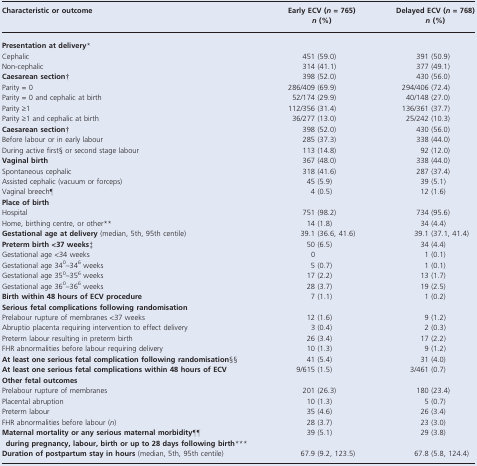
<table><thead><tr><td><b>Characteristic or outcome</b></td><td><b>Early ECV (<i>n</i> = 765)<i>n</i> (%)</b></td><td><b>Delayed ECV (<i>n</i> = 768)<i>n</i> (%)</b></td></tr></thead><tbody><tr><td colspan="3"><b>Presentation at delivery</b>*</td></tr><tr><td>Cephalic</td><td>451 (59.0)</td><td>391 (50.9)</td></tr><tr><td>Non-cephalic</td><td>314 (41.1)</td><td>377 (49.1)</td></tr><tr><td><b>Caesarean section</b>†</td><td>398 (52.0)</td><td>430 (56.0)</td></tr><tr><td>Parity = 0</td><td>286/409 (69.9)</td><td>294/406 (72.4)</td></tr><tr><td>Parity = 0 and cephalic at birth</td><td>52/174 (29.9)</td><td>40/148 (27.0)</td></tr><tr><td>Parity ≥1</td><td>112/356 (31.4)</td><td>136/361 (37.7)</td></tr><tr><td>Parity ≥1 and cephalic at birth</td><td>36/277 (13.0)</td><td>25/242 (10.3)</td></tr><tr><td><b>Caesarean section</b>†</td><td>398 (52.0)</td><td>430 (56.0)</td></tr><tr><td>Before labour or in early labour</td><td>285 (37.3)</td><td>338 (44.0)</td></tr><tr><td>During active first§ or second stage labour</td><td>113 (14.8)</td><td>92 (12.0)</td></tr><tr><td><b>Vaginal birth</b></td><td>367 (48.0)</td><td>338 (44.0)</td></tr><tr><td>Spontaneous cephalic</td><td>318 (41.6)</td><td>287 (37.4)</td></tr><tr><td>Assisted cephalic (vacuum or forceps)</td><td>45 (5.9)</td><td>39 (5.1)</td></tr><tr><td>Vaginal breech¶</td><td>4 (0.5)</td><td>12 (1.6)</td></tr><tr><td colspan="3"><b>Place of birth</b></td></tr><tr><td>Hospital</td><td>751 (98.2)</td><td>734 (95.6)</td></tr><tr><td>Home, birthing centre, or other**</td><td>14 (1.8)</td><td>34 (4.4)</td></tr><tr><td><b>Gestational age at delivery</b> (median, 5th, 95th centile)</td><td>39.1 (36.6, 41.6)</td><td>39.1 (37.1, 41.4)</td></tr><tr><td><b>Preterm birth &lt;37 weeks</b>‡</td><td>50 (6.5)</td><td>34 (4.4)</td></tr><tr><td>Gestational age &lt;34 weeks</td><td>0</td><td>1 (0.1)</td></tr><tr><td>Gestational age 34<sup>0</sup>–34<sup>6</sup> weeks</td><td>5 (0.7)</td><td>1 (0.1)</td></tr><tr><td>Gestational age 35<sup>0</sup>–35<sup>6</sup> weeks</td><td>17 (2.2)</td><td>13 (1.7)</td></tr><tr><td>Gestational age 36<sup>0</sup>–36<sup>6</sup> weeks</td><td>28 (3.7)</td><td>19 (2.5)</td></tr><tr><td><b>Birth within 48 hours of ECV procedure</b></td><td>7 (1.1)</td><td>1 (0.2)</td></tr><tr><td colspan="3"><b>Serious fetal complications following randomisation</b></td></tr><tr><td>Prelabour rupture of membranes &lt;37 weeks</td><td>12 (1.6)</td><td>9 (1.2)</td></tr><tr><td>Abruptio placenta requiring intervention to effect delivery</td><td>3 (0.4)</td><td>2 (0.3)</td></tr><tr><td>Preterm labour resulting in preterm birth</td><td>26 (3.4)</td><td>17 (2.2)</td></tr><tr><td>FHR abnormalities before labour requiring delivery</td><td>10 (1.3)</td><td>9 (1.2)</td></tr><tr><td><b>At least one serious fetal complication following randomisation</b>§§</td><td>41 (5.4)</td><td>31 (4.0)</td></tr><tr><td><b>At least one serious fetal complications within 48 hours of ECV</b></td><td>9/615 (1.5)</td><td>3/461 (0.7)</td></tr><tr><td colspan="3"><b>Other fetal outcomes</b></td></tr><tr><td>Prelabour rupture of membranes</td><td>201 (26.3)</td><td>180 (23.4)</td></tr><tr><td>Placental abruption</td><td>10 (1.3)</td><td>5 (0.7)</td></tr><tr><td>Preterm labour</td><td>35 (4.6)</td><td>26 (3.4)</td></tr><tr><td>FHR abnormalities before labour (<i>n</i>)</td><td>28 (3.7)</td><td>23 (3.0)</td></tr><tr><td><b>Maternal mortality or any serious maternal morbidity</b>¶¶<b>during pregnancy, labour, birth or up to 28 days following birth</b>***</td><td>39 (5.1)</td><td>29 (3.8)</td></tr><tr><td><b>Duration of postpartum stay in hours</b> (median, 5th, 95th centile)</td><td>67.9 (9.2, 123.5)</td><td>67.8 (5.8, 124.4)</td></tr></tbody></table>